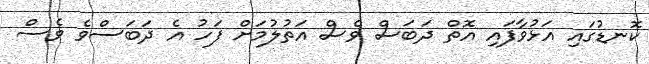
ކޮނޑުގައި އަޅުވާފައި އޮތް ދަބަސް ވެސް އަތުލުމަށް ފަހު އެ ދަބަސްވެ ވެސް